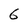
Character: 6